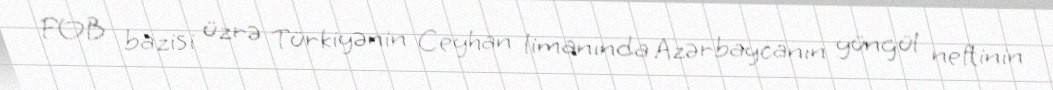
FOB bazisi üzrə Türkiyənin Ceyhan limanında Azərbaycanın yüngül neftinin